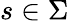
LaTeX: s\in\Sigma